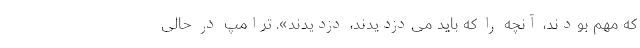
که مهم بودند، آنچه را که باید می‌دزدیدند، دزدیدند». ترامپ در حالی